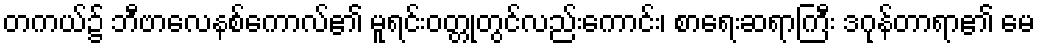
တကယ်၌ ဘီဗာလေနစ်ကောလ်၏ မူရင်းဝတ္တုတွင်လည်းကောင်း၊ စာရေးဆရာကြီး ဒဂုန်တာရာ၏ မေ